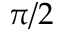
\pi / 2